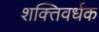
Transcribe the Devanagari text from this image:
शक्‍तिवर्धक